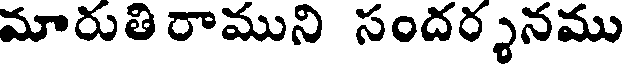
మారుతి రాముని సందర్శనము